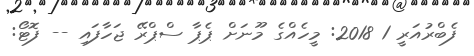
ފެބްރުއަރީ 1 2018: މީހެއްގެ މޫނަށް ޕެޕާ ސްޕްރޭ ޖަހާފައި -- ފޮޓޯ: